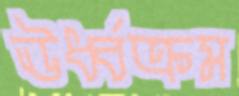
ঊর্ধ্বক্রম